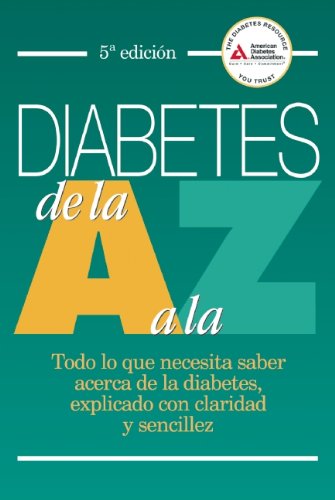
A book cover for Diabetes de la A a la Z: Todo lo que necesita saber acerca de la diabetes, explicado con claridad y sencillez (Spanish Edition); American Diabetes Association; Health, Fitness & Dieting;